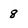
Character: 8